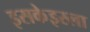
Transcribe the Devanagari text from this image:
इसकेइस्ला